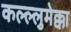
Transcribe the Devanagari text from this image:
कल्ल्लुमेक्का